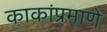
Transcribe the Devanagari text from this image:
काकांप्रमाणे